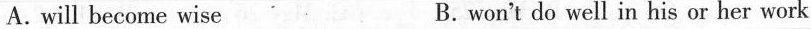
A.will become wise B. won't do well in his or her work